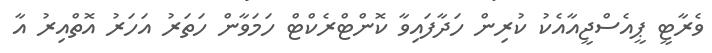
ވެރާޓީ ޕީއެސްޖީއާއެކު ކުރިން ހަދާފައިވާ ކޮންޓްރެކްޓް ހަމަވާން ހަތަރު އަހަރު އޮތްއިރު އާ